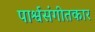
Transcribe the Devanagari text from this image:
पार्श्वसंगीतकार